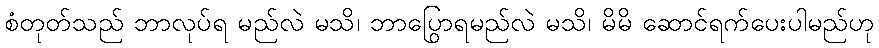
စံတုတ်သည် ဘာလုပ်ရ မည်လဲ မသိ၊ ဘာပြောရမည်လဲ မသိ၊ မိမိ ဆောင်ရွက်ပေးပါမည်ဟု